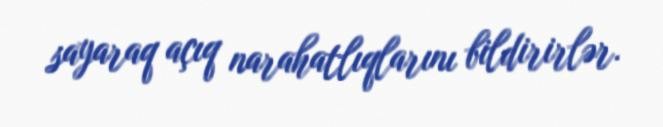
sayaraq açıq narahatlıqlarını bildirirlər.